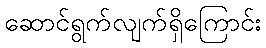
ဆောင်ရွက်လျက်ရှိကြောင်း